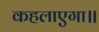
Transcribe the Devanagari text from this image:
कहलाएगा॥